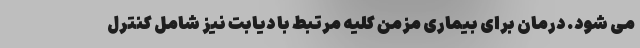
می شود. درمان برای بیماری مزمن کلیه مرتبط با دیابت نیز شامل کنترل